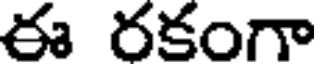
ఈ రకంగా